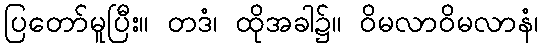
ပြတော်မူပြီး။ တဒံ၊ ထိုအခါ၌။ ဝိမလာဝိမလာနံ၊